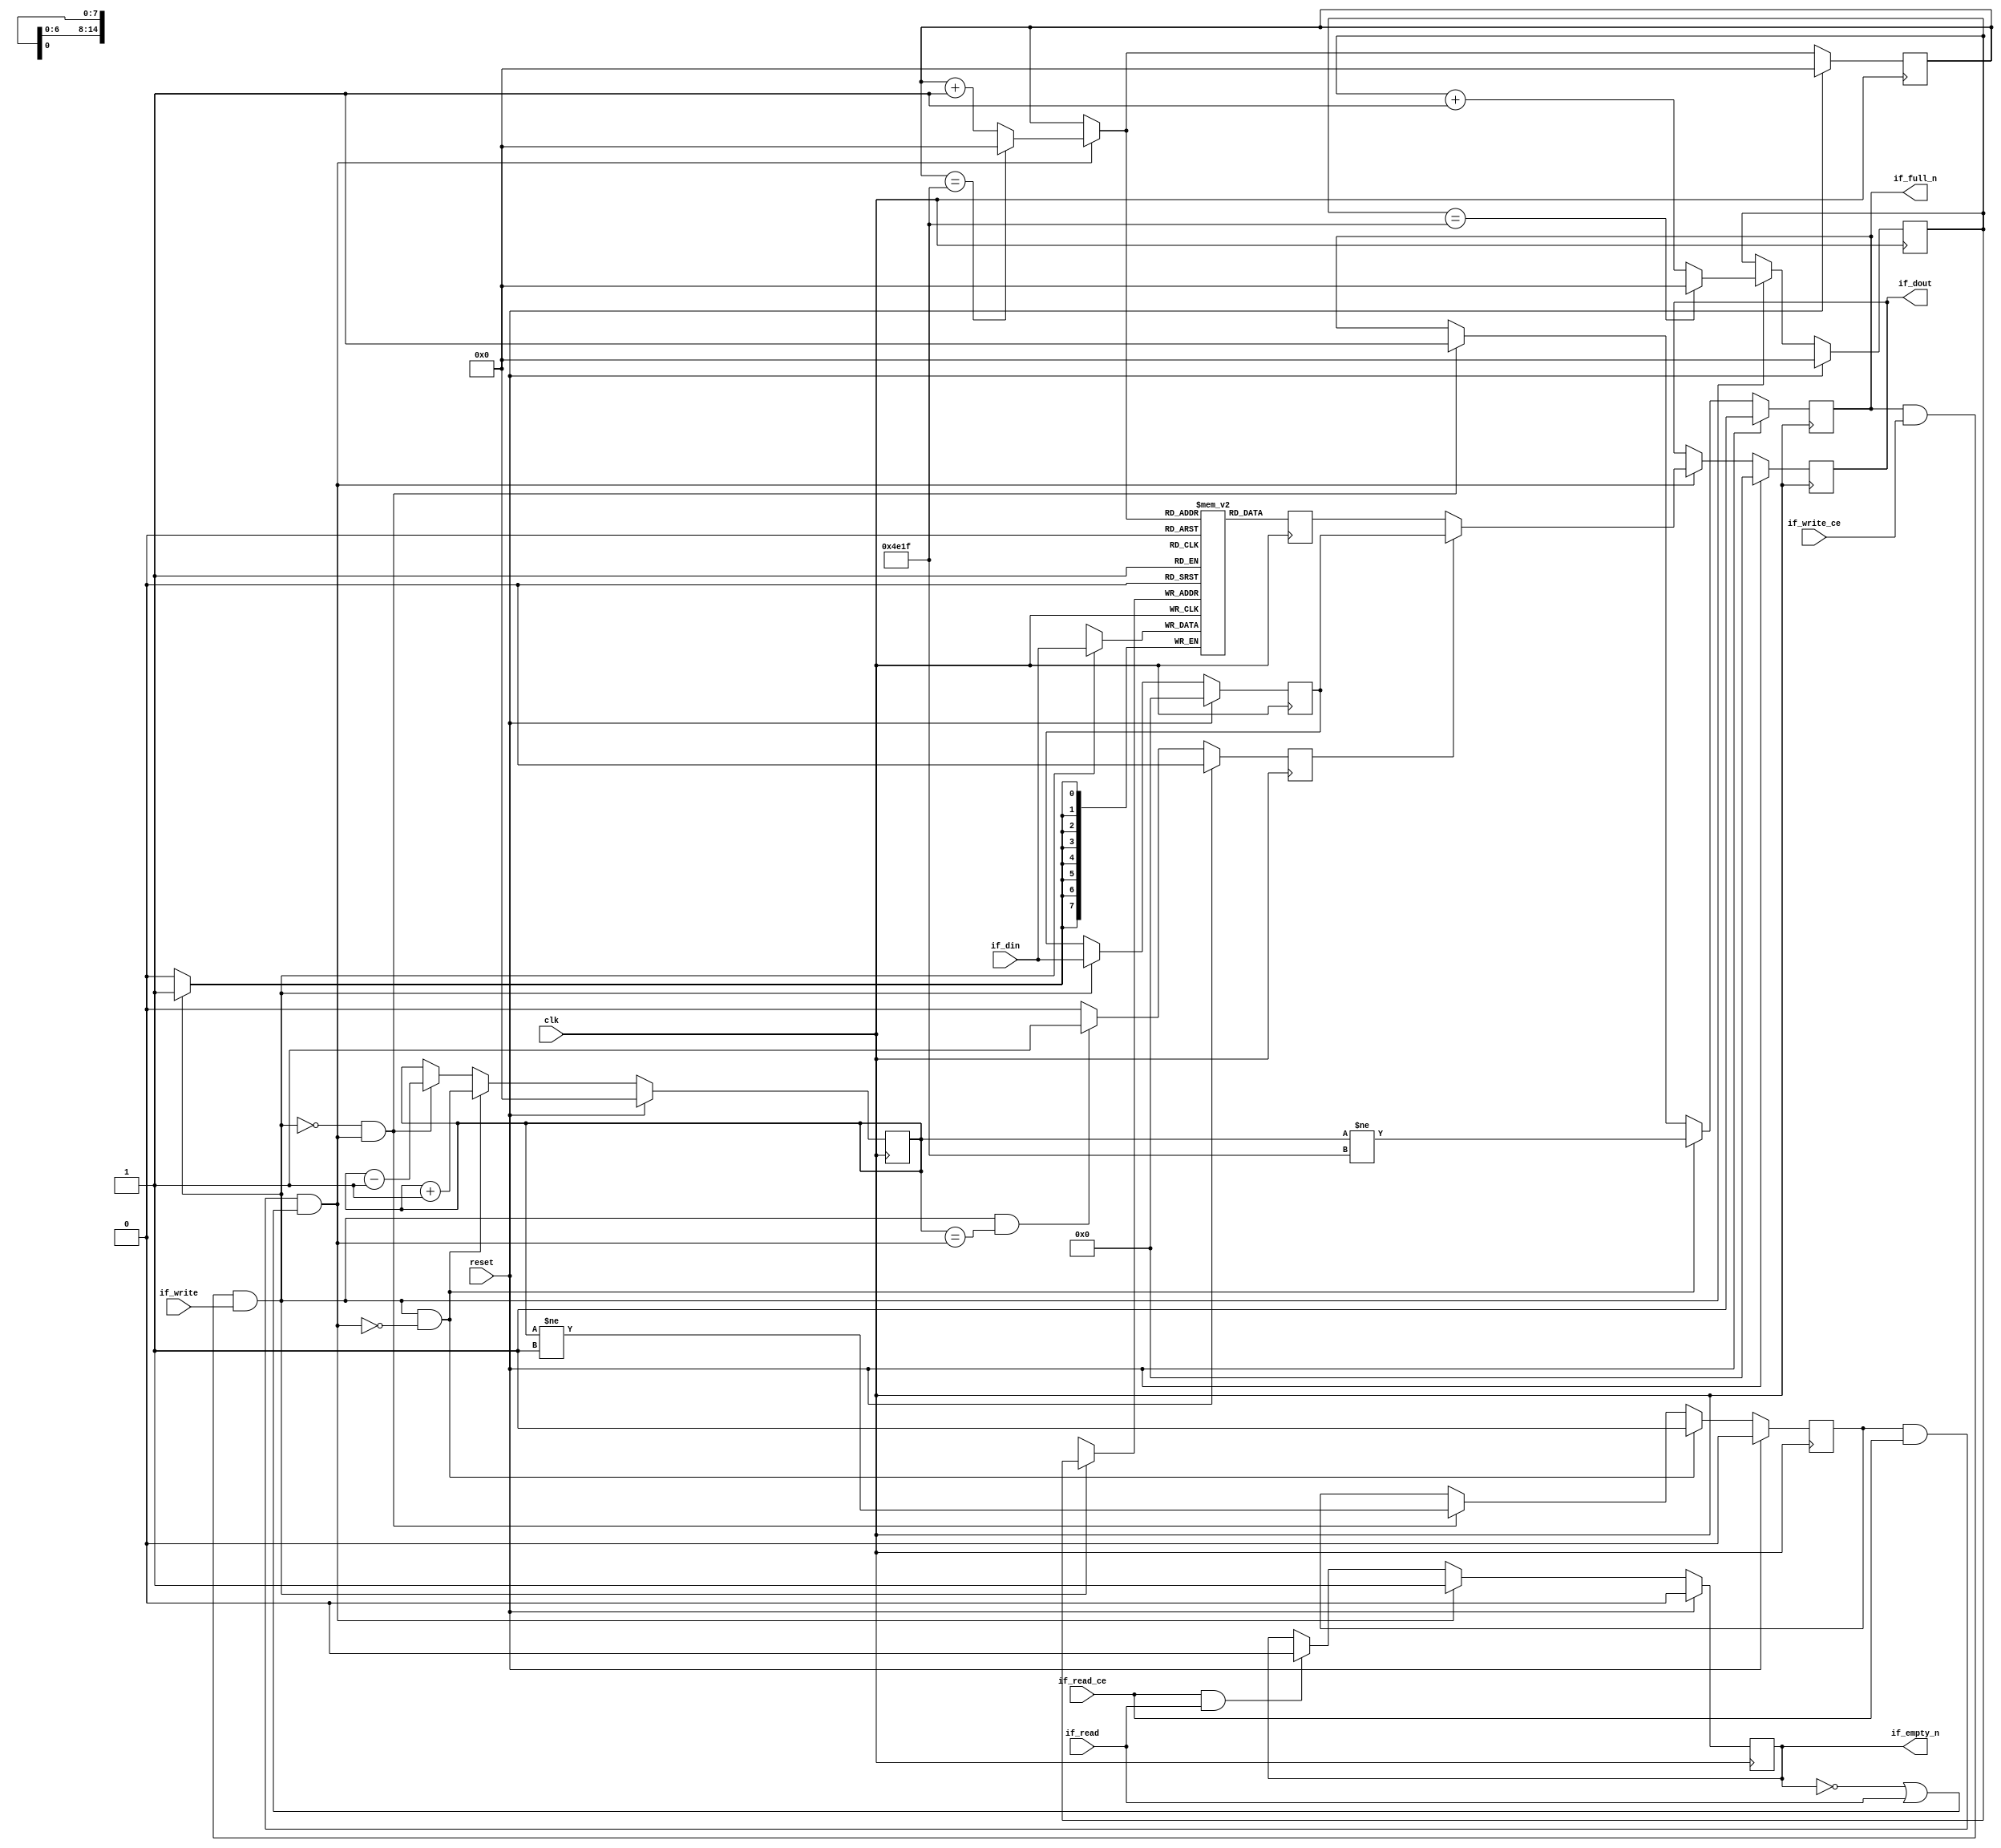
module FIFO_image_filter_src1_data_stream_1_V
#(parameter
    MEM_STYLE  = "block",
    DATA_WIDTH = 8,
    ADDR_WIDTH = 15,
    DEPTH      = 20000
)
(
    // system signal
    input  wire                  clk,
    input  wire                  reset,

    // write
    output wire                  if_full_n,
    input  wire                  if_write_ce,
    input  wire                  if_write,
    input  wire [DATA_WIDTH-1:0] if_din,

    // read
    output wire                  if_empty_n,
    input  wire                  if_read_ce,
    input  wire                  if_read,
    output wire [DATA_WIDTH-1:0] if_dout
);
//------------------------Parameter----------------------

//------------------------Local signal-------------------
(* ram_style = MEM_STYLE *)
reg  [DATA_WIDTH-1:0] mem[0:DEPTH-1];
reg  [DATA_WIDTH-1:0] q_buf = 1'b0;
reg  [ADDR_WIDTH-1:0] waddr = 1'b0;
reg  [ADDR_WIDTH-1:0] raddr = 1'b0;
wire [ADDR_WIDTH-1:0] wnext;
wire [ADDR_WIDTH-1:0] rnext;
wire                  push;
wire                  pop;
reg  [ADDR_WIDTH-1:0] usedw = 1'b0;
reg                   full_n = 1'b1;
reg                   empty_n = 1'b0;
reg  [DATA_WIDTH-1:0] q_tmp = 1'b0;
reg                   show_ahead = 1'b0;
reg  [DATA_WIDTH-1:0] dout_buf = 1'b0;
reg                   dout_valid = 1'b0;


//------------------------Instantiation------------------

//------------------------Task and function--------------

//------------------------Body---------------------------
assign if_full_n  = full_n;
assign if_empty_n = dout_valid;
assign if_dout    = dout_buf;
assign push       = full_n & if_write_ce & if_write;
assign pop        = empty_n & if_read_ce & (~dout_valid | if_read);
assign wnext      = !push                ? waddr :
                    (waddr == DEPTH - 1) ? 1'b0  :
                    waddr + 1'b1;
assign rnext      = !pop                 ? raddr :
                    (raddr == DEPTH - 1) ? 1'b0  :
                    raddr + 1'b1;

// waddr
always @(posedge clk) begin
    if (reset == 1'b1)
        waddr <= 1'b0;
    else
        waddr <= wnext;
end

// raddr
always @(posedge clk) begin
    if (reset == 1'b1)
        raddr <= 1'b0;
    else
        raddr <= rnext;
end

// usedw
always @(posedge clk) begin
    if (reset == 1'b1)
        usedw <= 1'b0;
    else if (push & ~pop)
        usedw <= usedw + 1'b1;
    else if (~push & pop)
        usedw <= usedw - 1'b1;
end

// full_n
always @(posedge clk) begin
    if (reset == 1'b1)
        full_n <= 1'b1;
    else if (push & ~pop)
        full_n <= (usedw != DEPTH - 1);
    else if (~push & pop)
        full_n <= 1'b1;
end

// empty_n
always @(posedge clk) begin
    if (reset == 1'b1)
        empty_n <= 1'b0;
    else if (push & ~pop)
        empty_n <= 1'b1;
    else if (~push & pop)
        empty_n <= (usedw != 1'b1);
end

// mem
always @(posedge clk) begin
    if (push)
        mem[waddr] <= if_din;
end

// q_buf
always @(posedge clk) begin
    q_buf <= mem[rnext];
end

// q_tmp
always @(posedge clk) begin
    if (reset == 1'b1)
        q_tmp <= 1'b0;
    else if (push)
        q_tmp <= if_din;
end

// show_ahead
always @(posedge clk) begin
    if (reset == 1'b1)
        show_ahead <= 1'b0;
    else if (push && usedw == pop)
        show_ahead <= 1'b1;
    else
        show_ahead <= 1'b0;
end

// dout_buf
always @(posedge clk) begin
    if (reset == 1'b1)
        dout_buf <= 1'b0;
    else if (pop)
        dout_buf <= show_ahead? q_tmp : q_buf;
end

// dout_valid
always @(posedge clk) begin
    if (reset == 1'b1)
        dout_valid <= 1'b0;
    else if (pop)
        dout_valid <= 1'b1;
    else if (if_read_ce & if_read)
        dout_valid <= 1'b0;
end

endmodule